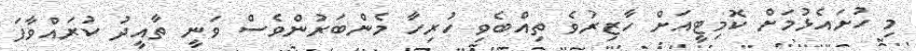
މި ހުށައެޅުމަށް ކޮމިޓީއަށް ހާޒިރުވެ ތިއްބެވި ހުރިހާ މެންބަރުންވެސް ވަނީ ތާއީދު ކުރައްވާފަ